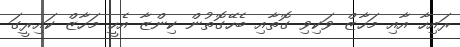
ރައިހާ އާއި މަހާޒް ވަކިވި ގޮތާއި ބެހޭގޮތުން ކިންޒާ އެހީ މަހާޒް ކައިރީގަ